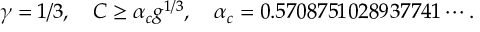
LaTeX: \gamma = 1 / 3 , \quad C \geq \alpha _ { c } g ^ { 1 / 3 } , \quad \alpha _ { c } = 0 . 5 7 0 8 7 5 1 0 2 8 9 3 7 7 4 1 \cdots .